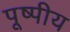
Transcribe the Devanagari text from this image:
पूष्पीय